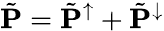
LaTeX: \tilde{\mathbf{P}}=\tilde{\mathbf{P}}^{\uparrow}+\tilde{\mathbf{P}}^{\downarrow}